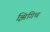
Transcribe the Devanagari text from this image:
झिगिच